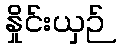
နှိုင်းယှဉ်